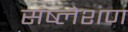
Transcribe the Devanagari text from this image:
संष्लेशण